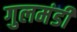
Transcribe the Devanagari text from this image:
गुलमंडी